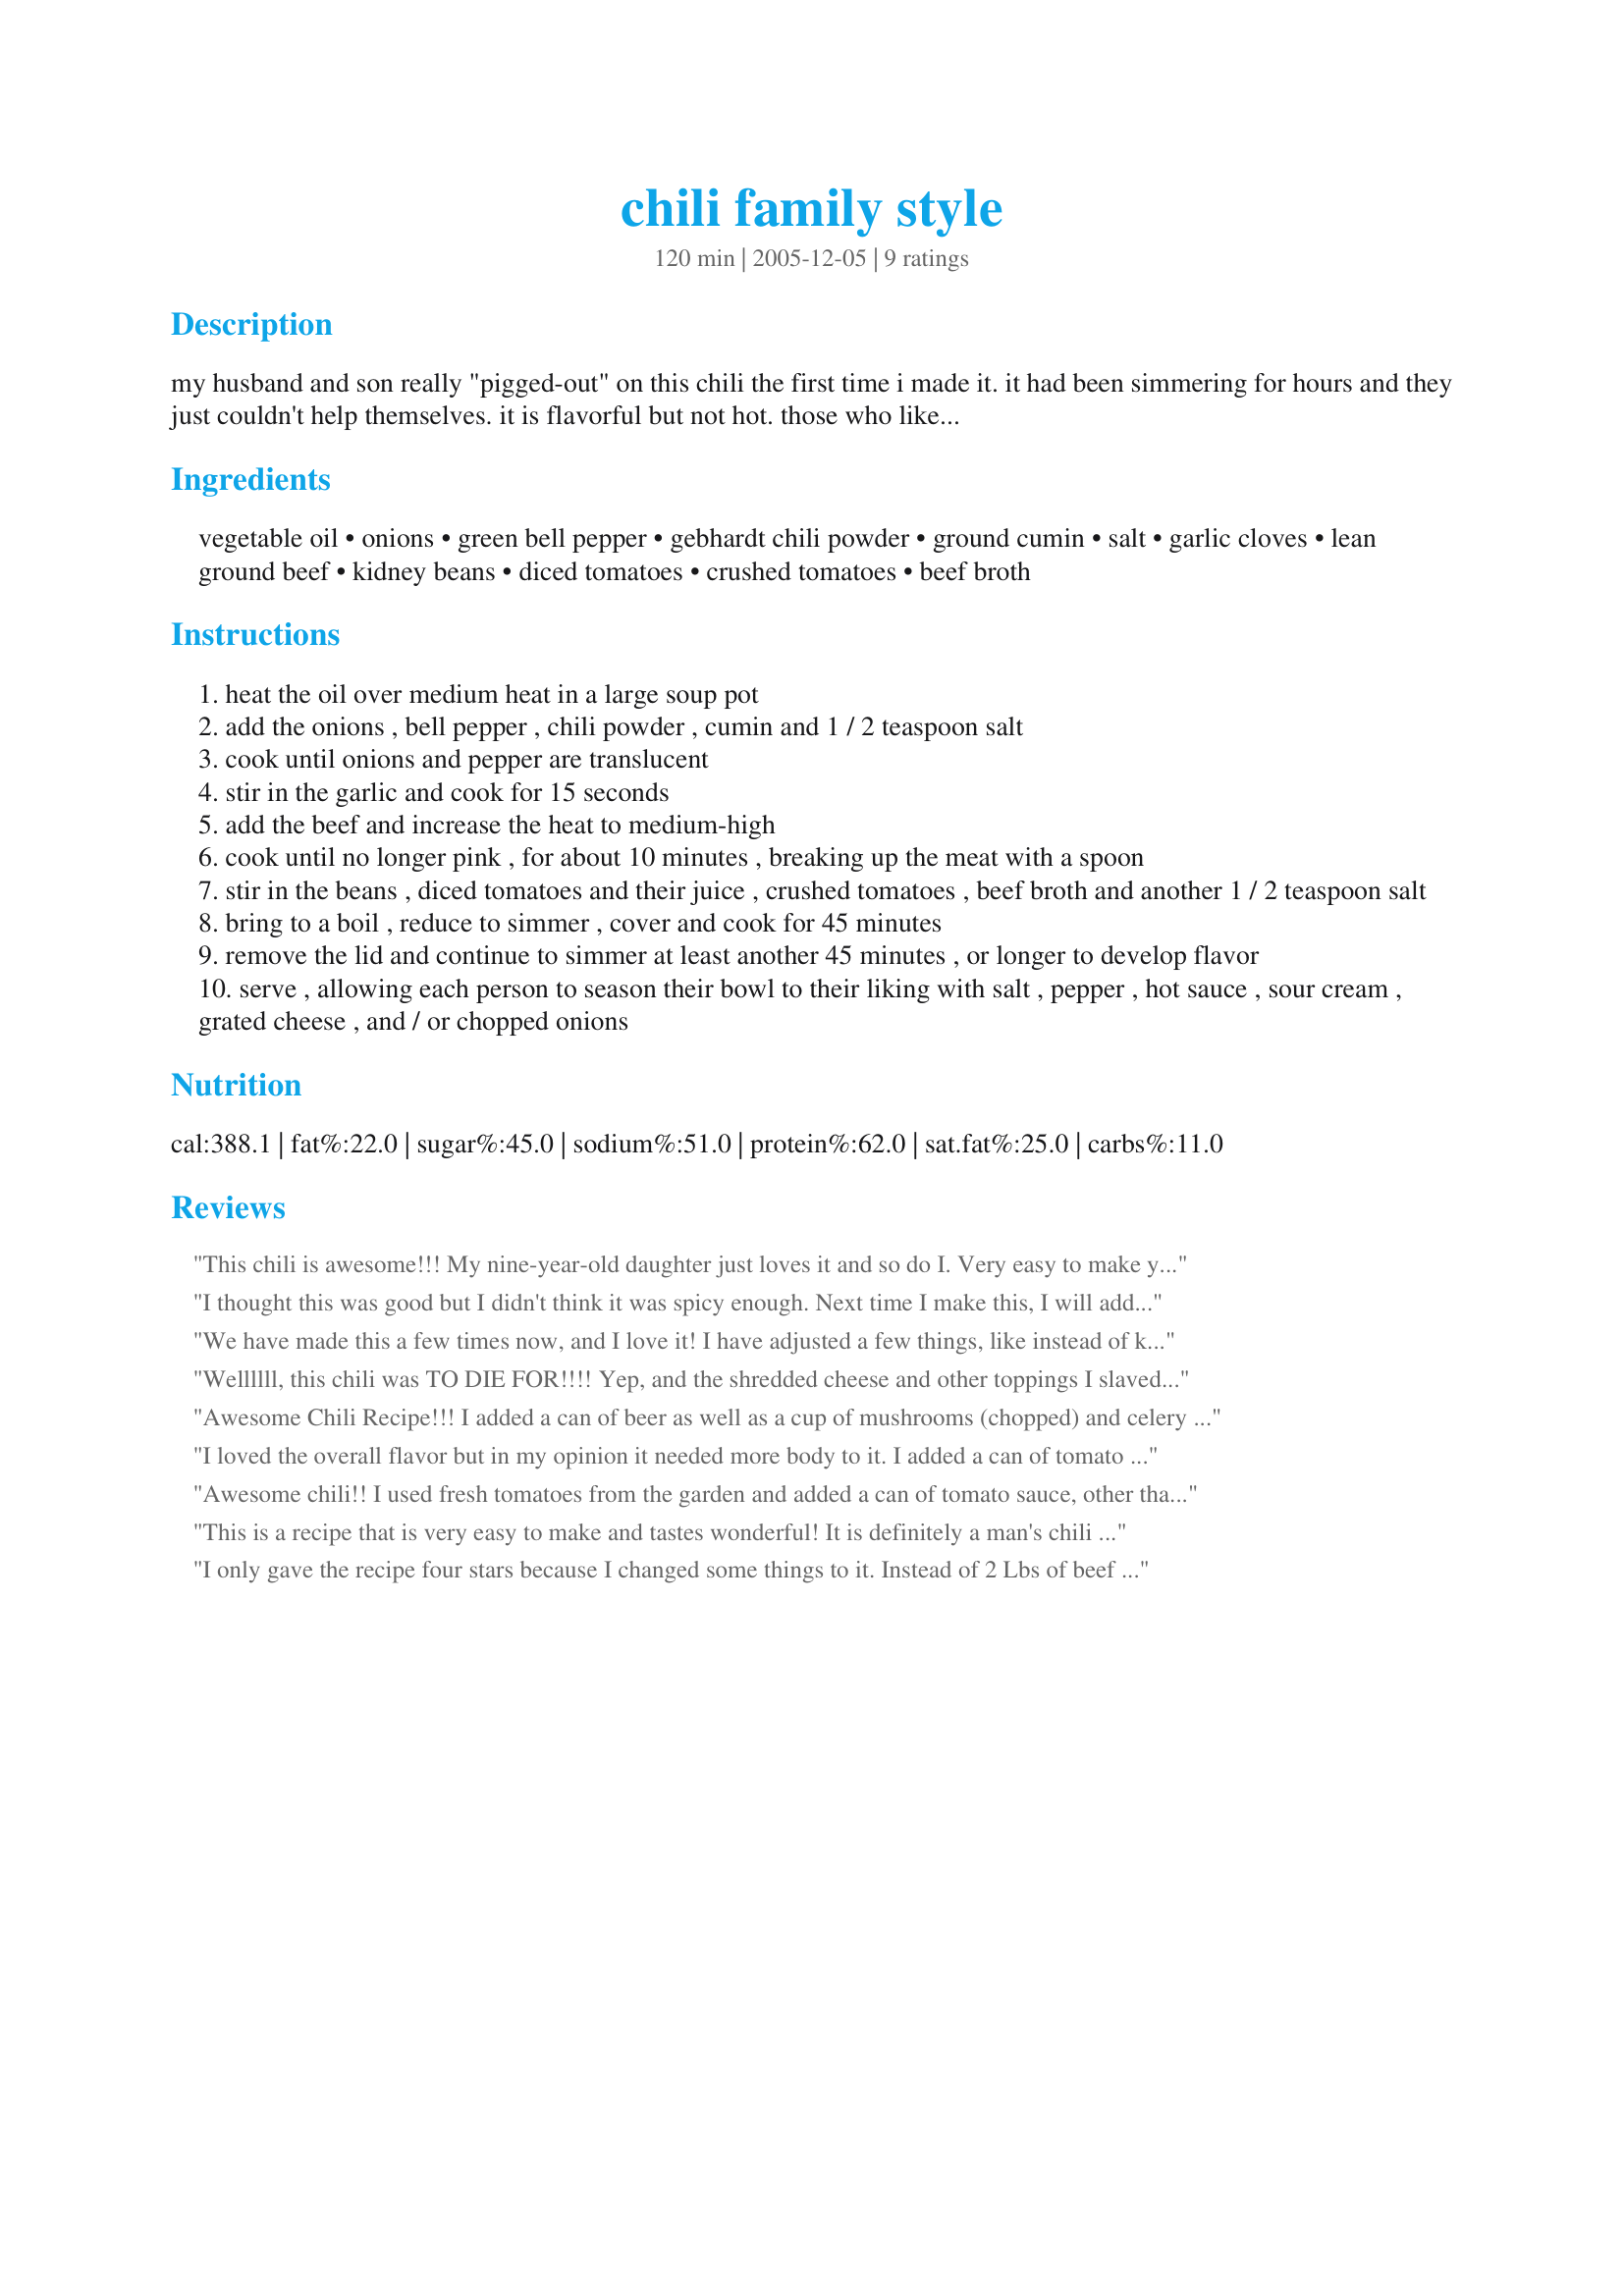
chili family style
Preparation time: 120 minutes

my husband and son really "pigged-out" on this chili the first time i made it. it had been simmering for hours and they just couldn't help themselves. it is flavorful but not hot. those who like heat can add their own (my husband always does). it is adapted from the america's test kitchen family cookbook.

Ingredients:
vegetable oil, onions, green bell pepper, gebhardt chili powder, ground cumin, salt, garlic cloves, lean ground beef, kidney beans, diced tomatoes, crushed tomatoes, beef broth

Steps:
heat the oil over medium heat in a large soup pot
add the onions , bell pepper , chili powder , cumin and 1 / 2 teaspoon salt
cook until onions and pepper are translucent
stir in the garlic and cook for 15 seconds
add the beef and increase the heat to medium-high
cook until no longer pink , for about 10 minutes , breaking up the meat with a spoon
stir in the beans , diced tomatoes and their juice , crushed tomatoes , beef broth and another 1 / 2 teaspoon salt
bring to a boil , reduce to simmer , cover and cook for 45 minutes
remove the lid and continue to simmer at least another 45 minutes , or longer to develop flavor
serve , allowing each person to season their bowl to their liking with salt , pepper , hot sauce , sour cream , grated cheese , and / or chopped onions

Reviews:
This chili is awesome!!! My nine-year-old daughter just loves it and so do I. Very easy to make yet it tastes like you slaved for hours!!!
I thought this was good but I didn't think it was spicy enough. Next time I make this, I will add the chili powder and cumin after the tomatoes are added. It didn't seem spicey enough with it being added at the beginning. This had a good taste to it though. I followed the recipe as written.
We have made this a few times now, and I love it! I have adjusted a few things, like instead of kidney beans I use one can each of black and navy beans (well rinsed).
Plus I've doubled the recipe and froze some for later, which was a perfect quick meal when we needed something fast. This chili is delicious.
Wellllll, this chili was TO DIE FOR!!!! Yep, and the shredded cheese and other toppings I slaved over..wasted. Ha! No one wanted to cover up any of the flavor of the chili itself, which is unheard of in my cheese loving family. I made this on Saturday and actually just put it in the slow cooker for the day. Used a little less onion and green pepper because my brother was going to have some with us and also used a can of white kidney beans in place of one can of the red. Then, put it in the fridge and had it ready to reheat for the superbowl last night. It went over really well and I packed some up for a neighbor friend of mine for work today, dad has some for work on Wed. and I'm going to try to freeze some as well. 

Thanks so very much for the wonderful new recipe that will be used as often as I can find applicable (with a chili-hating mother).
Awesome Chili Recipe!!! I added a can of beer as well as a cup of mushrooms (chopped) and celery (chopped) and it was great... Definately one of the best chili's i have had in a long time!!
I loved the overall flavor but in my opinion it needed more body to it. I added a can of tomato paste and that made the consistency more thick and rich. I will definitely make this again with the listed variation. 
**Reviewed as part of PAC Spring 2009**
Awesome chili!! I used fresh tomatoes from the garden and added a can of tomato sauce, other than that followed the recipe. The whole family loved it! Makes a big pot.
This is a recipe that is very easy to make and tastes wonderful! It is definitely a man's chili - heavy on the meat. My husband loved it. Not for people who prefer more bean-y chili!
I only gave the recipe four stars because I changed some things to it. Instead of 2 Lbs of beef I used one ground turkey and one italian sausage. Everything else I left the same and o-my-god it was great. My husband has handed me the torch on chili makin. Thanks for this awesome recipe.
